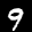
Label: 9